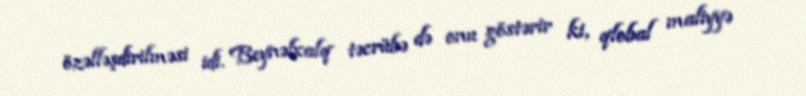
özəlləşdirilməsi idi. Beynəlxalq təcrübə də onu göstərir ki, qlobal maliyyə